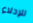
للإدلاء